Report on sanitation, dispensaries, and jails in Rajputana for 1919, and on vaccination for the year 1919-1920 - 1919-1920
Year: 1919
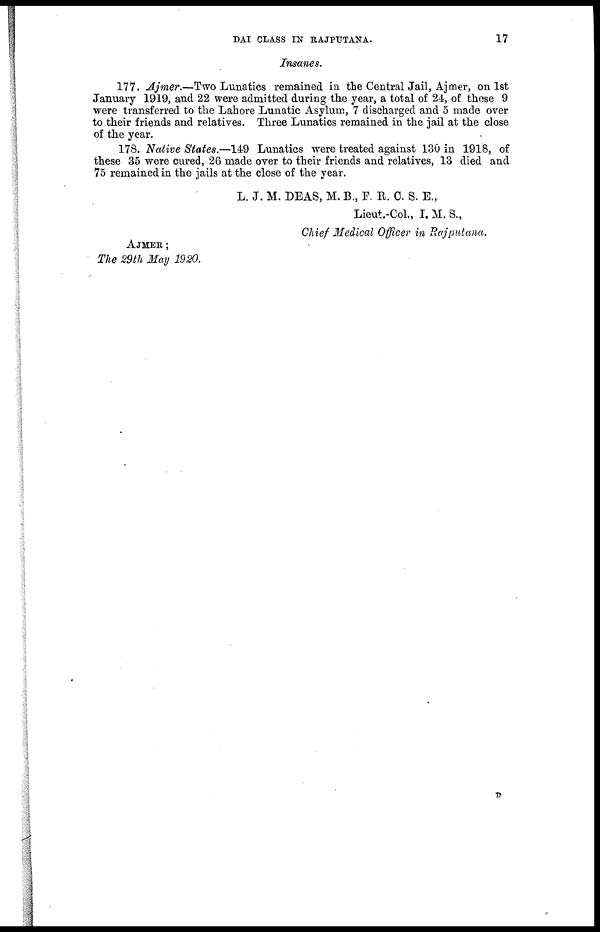
DAI CLASS IN RAJPUTANA.
17
Insanes.
177. Ajmer.—Two Lunatics remained in the Central Jail, Ajmer, on 1st
January 1919, and 22 were admitted during the year, a total of 24, of these 9
were transferred to the Lahore Lunatic Asylum, 7 discharged and 5 made over
to their friends and relatives. Three Lunatics remained in the jail at the close
of the year.
178. Native States.—149 Lunatics were treated against 130 in 1918, of
these 35 were cured, 26 made over to their friends and relatives, 13 died and
75 remained in the jails at the close of the year.
L. J. M. DEAS, M. B., F. R. C. S. E.,
Lieut.-Col., I. M. S.,
Chief Medical Officer in Rajputana.
AJMER ;
The 29th May 1920.
D